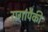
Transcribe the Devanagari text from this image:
रागांपैकी